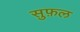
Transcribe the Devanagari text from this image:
सुफ़ल